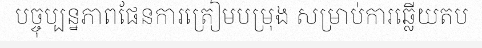
បច្ចុប្បន្នភាពផែនការត្រៀមបម្រុង សម្រាប់ការឆ្លើយតប